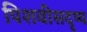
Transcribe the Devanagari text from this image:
पिशवीसदृष्य